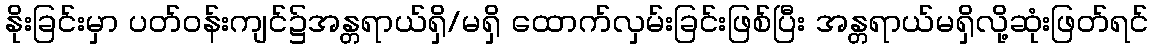
နိုးခြင်းမှာ ပတ်၀န်းကျင်၌အန္တရာယ်ရှိ/မရှိ ထောက်လှမ်းခြင်းဖြစ်ပြီး အန္တရာယ်မရှိလို့ဆုံးဖြတ်ရင်